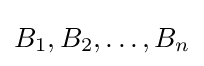
B_{1},B_{2},\dots ,B_{n}